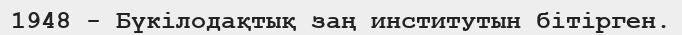
1948 - Бүкілодақтық заң институтын бітірген.